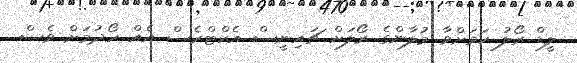
ލީޑް ރޯލު ކަމަށްވާ މުލާންގެ ރޯލަށް ޗައިނީސް އެކްޓްރެސް އެއް ހޯދުމަށް ވެސް